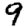
Digit: 9